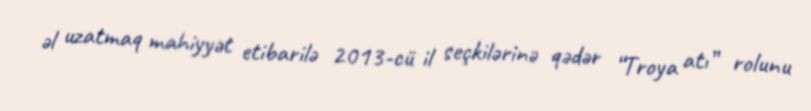
əl uzatmaq mahiyyət etibarilə 2013-cü il seçkilərinə qədər “Troya atı” rolunu